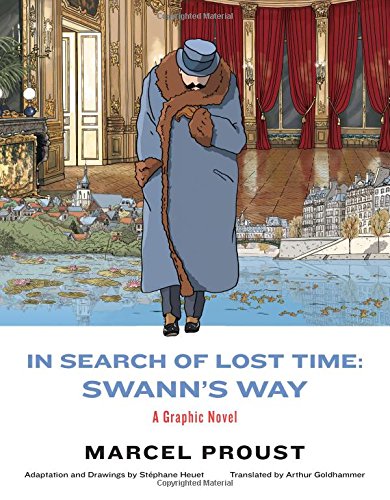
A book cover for In Search of Lost Time: Swann's Way: A Graphic Novel; Marcel Proust; Comics & Graphic Novels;